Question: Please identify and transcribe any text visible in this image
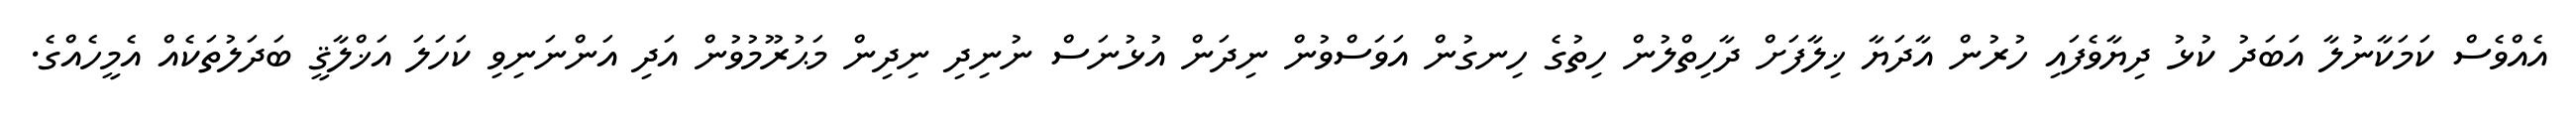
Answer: އެއްވެސް ކަމަކާނުލާ އަބަދު ކުޅު ދިޔާވެފައި ހުރުން އާދަޔާ ޚިލާފަށް ދާހިތްލުން ހިތުގެ ހިނގުން އަވަސްވުން ނިދަން އުޅުނަސް ނުނިދި ނިދިން މަޙުރޫމުވުން އަދި އަންނަނިވި ކަހަލަ އަޚްލާޤީ ބަދަލުތަކެއް އެމީހެއްގެ.